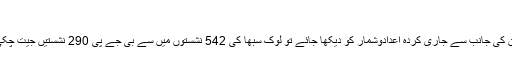
‘
نئی دلی سے نامہ نگار شکیل اختر کے مطابق انڈین الیکشن کمیشن کی جانب سے جاری کردہ اعدادوشمار کو دیکھا جائے تو لوک سبھا کی 542 نشستوں میں سے بی جے پی 290 نشستیں جیت چکی ہے جبکہ مزید 13 پر اس کے امیدواروں کو سبقت حاصل ہے۔